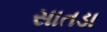
સાતડા